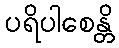
ပရိပါစေန္တိ